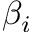
\beta _ { i }